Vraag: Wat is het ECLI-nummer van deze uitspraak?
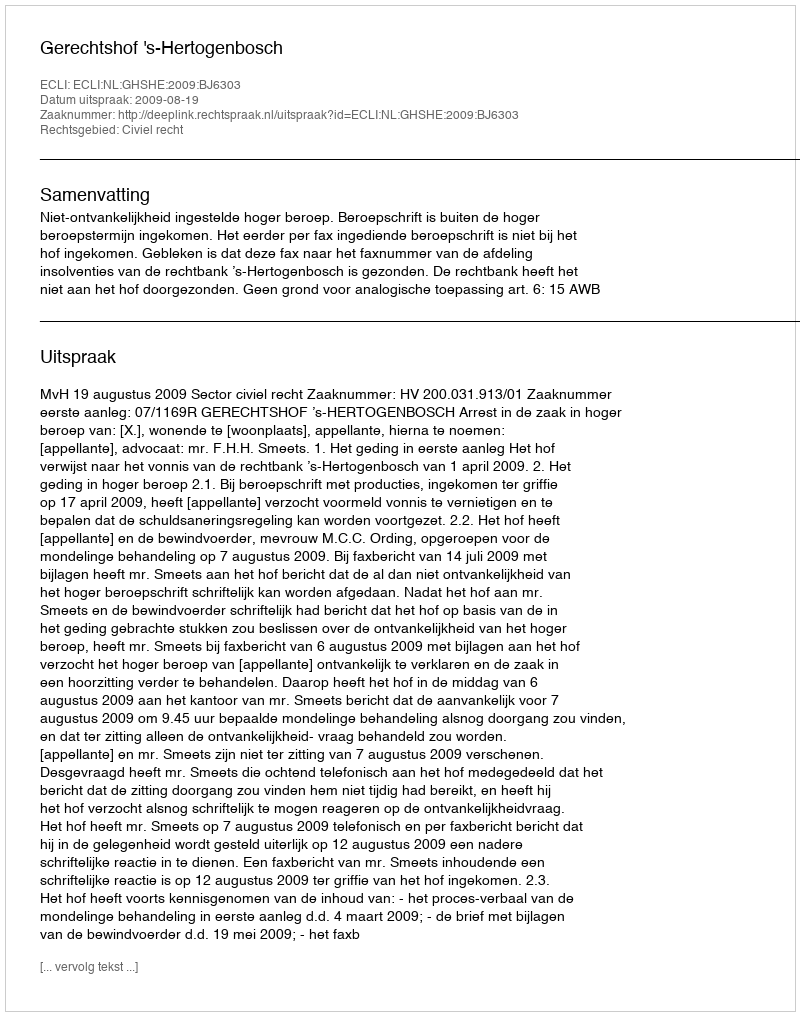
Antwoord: ECLI:NL:GHSHE:2009:BJ6303